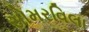
સોમરવિલા